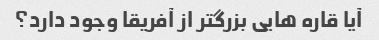
آیا قاره هایی بزرگتر از آفریقا وجود دارد؟